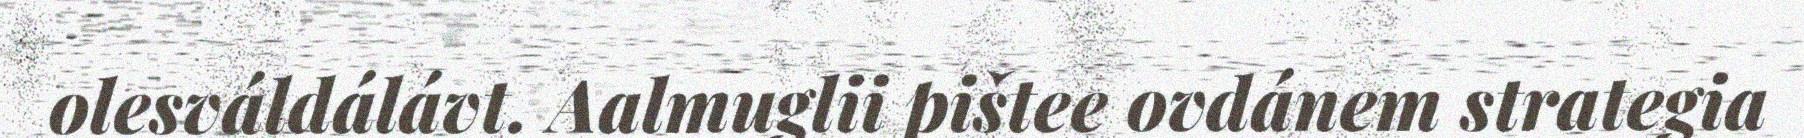
olesváldálávt. Aalmuglii pištee ovdánem strategia